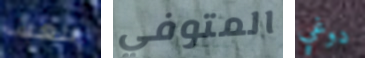
اللعبة المتوفي دوغي